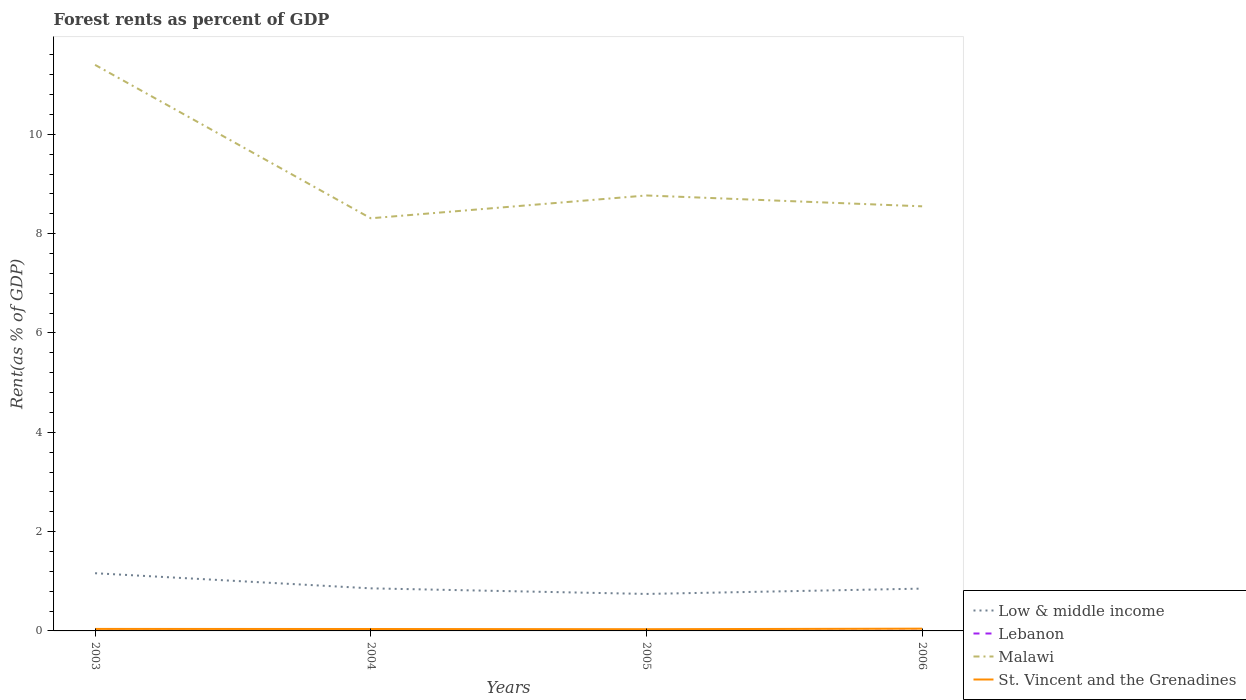
| Years | Low & middle income | Lebanon | Malawi | St. Vincent and the Grenadines |
 | --- | --- | --- | --- | --- |
 | 2003 | 1.16 | 0.00433 | 11.4 | 0.0404 |
 | 2004 | 0.857 | 0.00405 | 8.31 | 0.0385 |
 | 2005 | 0.745 | 0.0039 | 8.77 | 0.0345 |
 | 2006 | 0.852 | 0.00386 | 8.55 | 0.0457 |